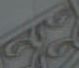
Gre